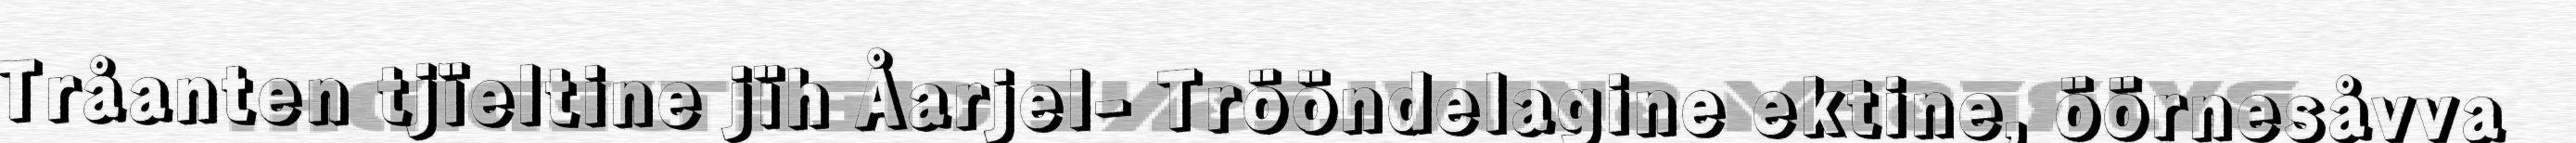
Tråanten tjïeltine jïh Åarjel- Trööndelagine ektine, öörnesåvva